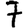
Digit: 7